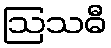
ဩသဓီ